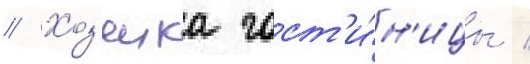
// Хоз'яика гост'и́н'ицы /